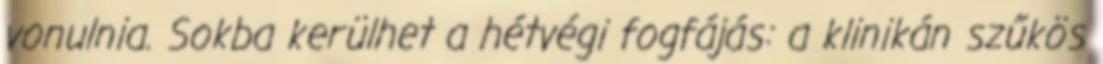
vonulnia. Sokba kerülhet a hétvégi fogfájás: a klinikán szűkös